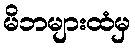
မိဘများထံမှ